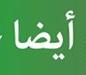
أيضا